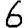
Digit: 6